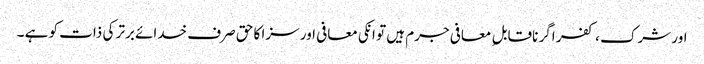
اور شرک ، کفر اگر ناقابل ِ معافی جرم ہیں تو انکی معافی اور سزا کا حق صرف خدائے برتر کی ذات کو ہے ۔